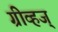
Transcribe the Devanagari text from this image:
ग्रीव्हज्